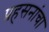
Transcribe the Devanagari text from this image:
प्रहसनांचा